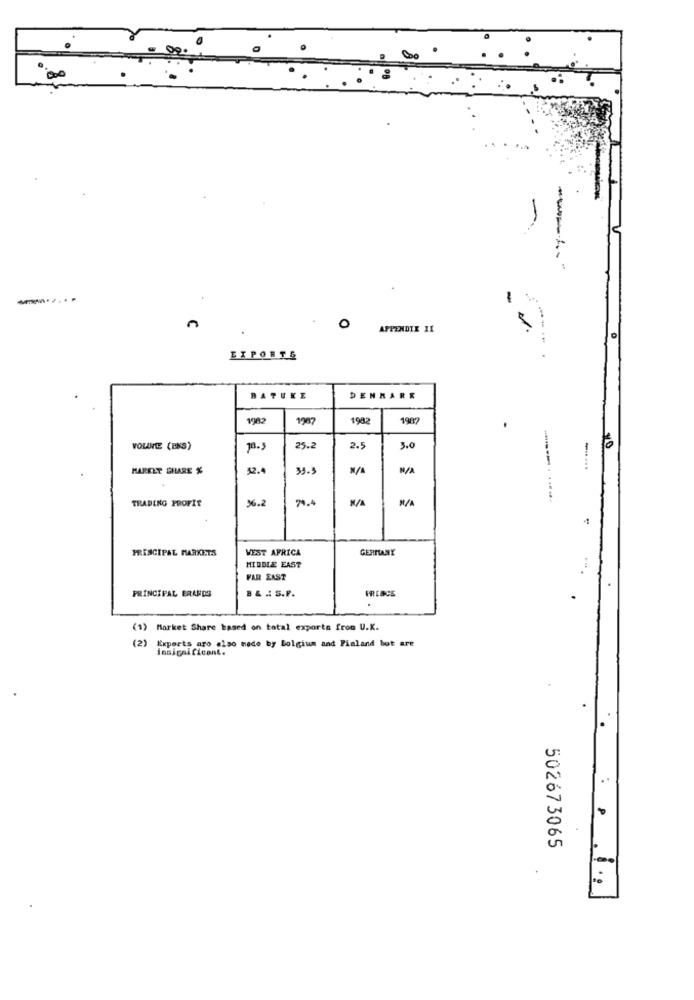
---
-
0
APPENDIX II
EXPORTS
BATUKE
DENMARK
1982
1987
1982
1987
to
VOLANTE (BNS)
25.
2.5
3.0
MARKET SHARE %
2.4
S
TRADING PROFIT
6.2
70-4
PRINCIPAL MARKETS
WEST AFRICA
GERMANY
MIDDLE EAST
FAR EAST
B& . S.P.
FRESCE
PRINCIPAL BRANDS
(1) Market Share based on total exports from U.K.
(2) Experts aro also made by Bolgium and Pialand but are
insignificant.
502673065
. ...